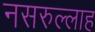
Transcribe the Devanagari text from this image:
नसरुल्लाह